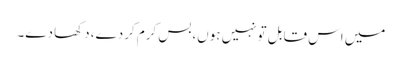
میں اس قابل تونہیں ہوں،بس کرم کردے، دکھا دے۔